Malaria in the Andamans - Number 56
Disease focus: Malaria
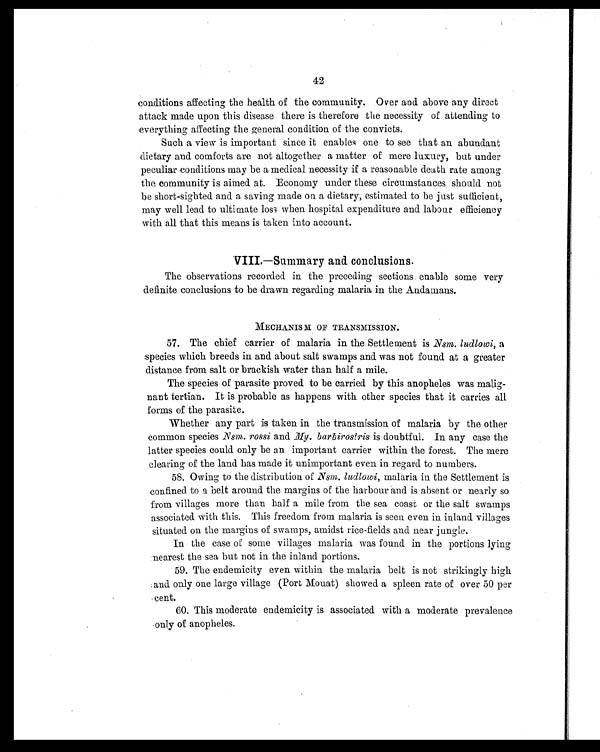
42
conditions affecting the health of the community. Over and above any direct
attack made upon this disease there is therefore the necessity of attending to
everything affecting the general condition of the convicts.
Such a view is important since it enables one to see that an abundant
dietary and comforts are not altogether a matter of mere luxury, but under
peculiar conditions may be a medical necessity if a reasonable death rate among
the community is aimed at. Economy under these circumstances should not
be short-sighted and a saving made on a dietary, estimated to be just sufficient,
may well lead to ultimate loss when hospital expenditure and labour efficiency
with all that this means is taken into account.
V I I I . — S u m m a r y a n d . c o n c l u s i o n s .
The observations recorded in the preceding sections enable some very
definite conclusions to be drawn regarding malaria in the Andamans.
MECHANISM OF TRANSMISSION.
57. The chief carrier of malaria in the Settlement is Nsm. ludlowi,
a species which breeds in and about salt swamps and was not found. at a greater
distance from salt or brackish water than half a mile.
The species of parasite proved to be carried by this anopheles was malig-
nant tertian. It is probable as happens with other species that it carries all
forms of the parasite.
Whether any part is taken in the transmission of malaria by the other
common species Nsm. rossi and My. barbirosiris is doubtful. In any case the
latter species could only be an important carrier within the forest. The mere
clearing of the land has made it unimportant even in regard to numbers.
58. Owing to the distribution of Nsm. ludlowi, malaria in the Settlement is
confined to a belt around the margins of the harbour and is absent or nearly so
from villages more than half a mile from the sea coast or the salt swamps
associated with this. This freedom from malaria is seen even in inland villages
situated on the margins of swamps, amidst rice-fields and near jungle.
In the case of some villages malaria was found in the portions lying
nearest the sea but not in the inland portions.
59. The endemicity even within the malaria belt is not strikingly high
and only one large village (Port Mouat) showed a spleen rate of over 50 per
cent.
60. This moderate endemicity is associated with a moderate prevalence
—only of anopheles.